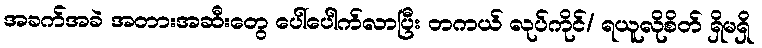
အခက်အခဲ အတားအဆီးတွေ ပေါ်ပေါက်လာပြီး တကယ် လုပ်ကိုင်/ ရယူလိုစိတ် ရှိမရှိ